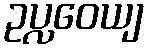
ဥပ္လဝေယျ